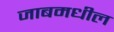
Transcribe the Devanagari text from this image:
जाबमधील